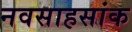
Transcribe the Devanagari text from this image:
नवसाहसांक